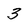
Character: 3